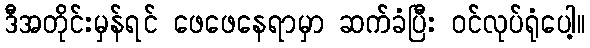
ဒီအတိုင်းမှန်ရင် ဖေဖေနေရာမှာ ဆက်ခံပြီး ဝင်လုပ်ရုံပေါ့။